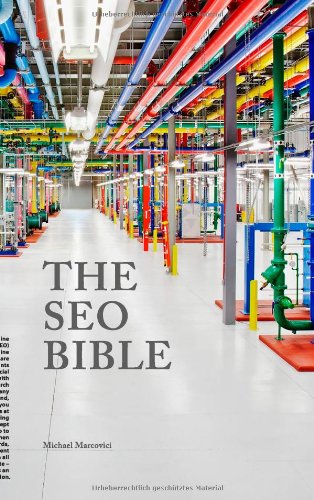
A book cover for The SEO Bible; Michael Wenkart; Computers & Technology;